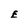
Character: E